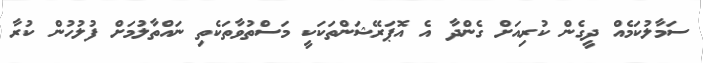
ސަމާލުކަމެއް ދީގެން ކުރިއަށް ގެންދާ އެ އޮޕަރޭޝަންތަކަކީ މަސްތުވާތަކެތި ނައްތާލުމަށް ފުލުހުން ކުރާ